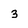
Character: 3